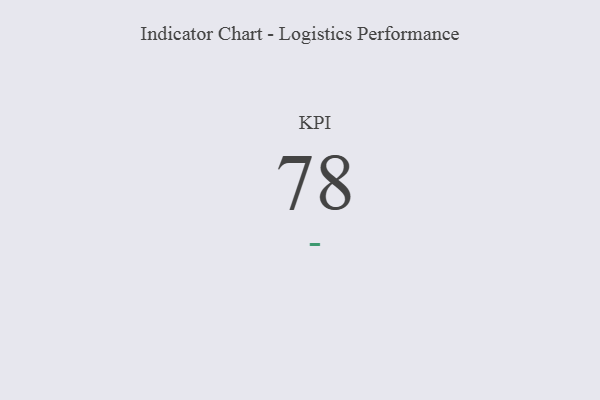
{"axis": {"x": "KPI", "y": "Value"}, "legend": [""], "data": [{"x": "KPI", "y": 78, "type": ""}]}